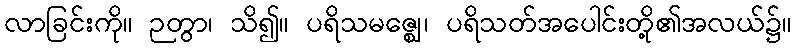
လာခြင်းကို။ ဉတွာ၊ သိ၍။ ပရိသမဇ္ဈေ၊ ပရိသတ်အပေါင်းတို့၏အလယ်၌။